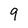
Character: 9